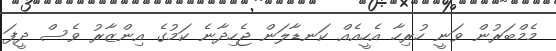
މެމްބަރުން ވަނީ ހުރިހާ އެހީއެއް ކަނޑާލަން ޖެހިދާނެ ކަމުގެ އިންޒާރު ވެސް ދީފަ